Theory and practice of anti-rabic immunisation - Number 30
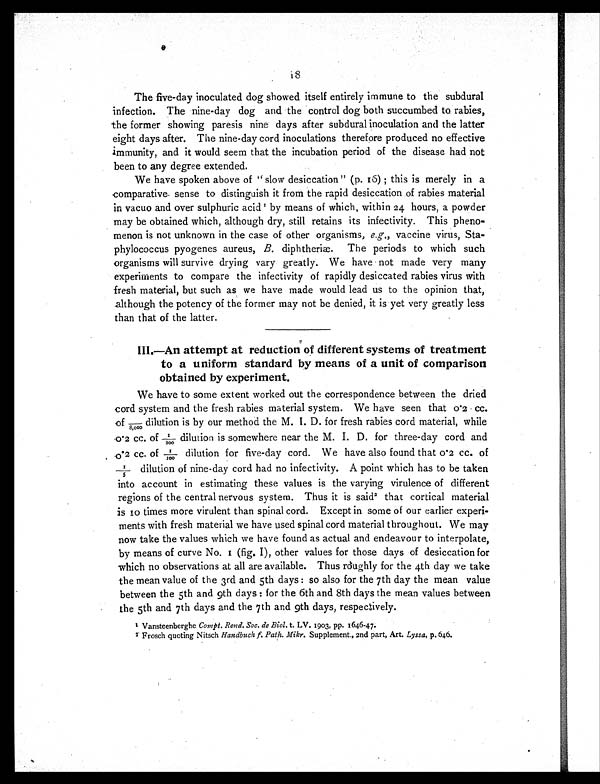
18
The five-day inoculated dog showed itself entirely immune to the subdural
infection. The nine-day dog and the control dog both succumbed to rabies,
the former showing paresis nine days after subdural inoculation and the latter
eight days after. The nine-day cord inoculations therefore produced no effective
immunity, and it would seem that the incubation period of the disease had not
been to any degree extended.
We have spoken above of "slow desiccation" (p. 16) ; this is merely in a
comparative sense to distinguish it from the rapid desiccation of rabies material
in vacuo and over sulphuric acid 1 b y m e a n s o f w h i c h , w i t h i n2
4
h o u r s , a p o w d e r
may be obtained which, although dry, still retains its infectivity. This pheno-
menon is not unknown in the case of other organisms, e.g., vaccine virus, Sta-
phylococcus pyogenes aureus, B. diphtheriæ. The periods to which such
organisms will survive drying vary greatly. We have not made very many
experiments to compare the infectivity of rapidly desiccated rabies virus with
fresh material, but such as we have made would lead us to the opinion that,
although the potency of the former may not be denied, it is yet very greatly less
than that of the latter.
I I I . — A n a t t e m p t a t r e d u c t i o n o f d i f f e r e n t s y s t e m s o f t r e a t m e n t
to a uniform standard by means of a unit of comparison
obtained by experiment.
We have to some extent worked out the correspondence between the dried
cord system and the fresh rabies material system. We have seen that 0.2 cc.
of /8,000 dilution is by our method the M. I. D. for fresh rabies cord material, while
0.2 cc. of 1/200 dilution is somewhere near the M. I. D. for three-day cord and
0.2 cc. of 1/100 dilution for five-day cord. We have also found that 0.2 cc. of
1/5 dilution of nine-day cord had no infectivity. A point which has to be taken
into account in estimating these values is the varying virulence of different
regions of the central nervous system. Thus it is said 2 that cortical material
is 10 times more virulent than spinal cord. Except in some of our earlier experi-
ments with fresh material we have used spinal cord material throughout. We may
now take the values which we have found as actual and endeavour to interpolate,
by means of curve No. I (fig. I), other values for those days of desiccation for
which no observations at all are available. Thus roughly for the 4th day we take
the mean value of the 3rd and 5th days : so also for the 7th day the mean value
between the 5th and 9th days : for the 6th and 8th days the mean values between
the 5th and 7th days and the 7th and 9th days, respectively.
1 V a n s t e e n b e r g h e
C o m p t . R e n d . S o c . d e B i o l .t
. L V . 1 9 0 3 , p p . 1 6 4 6 - 4 7 .
2 Frosch quoting Nitsch Handbuch f. Path. Mikr. Supplement., 2nd part, Art. Lyssa, p. 646.